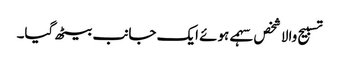
تسبیح والا شخص سہمے ہوئے ایک جانب بیٹھ گیا۔